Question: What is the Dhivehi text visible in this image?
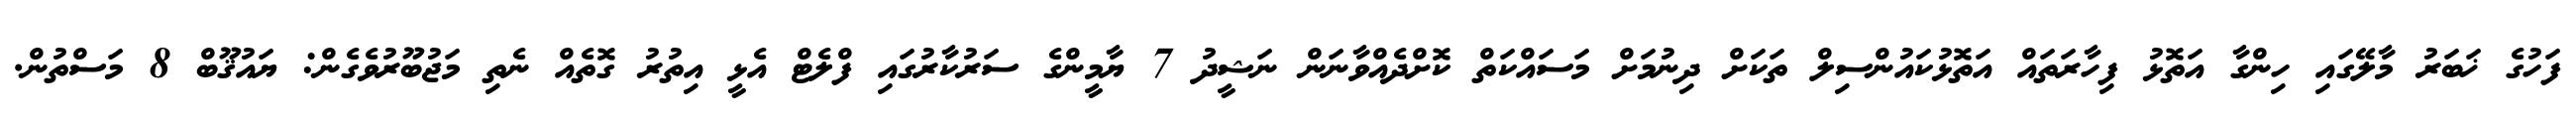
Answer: ފަހުގެ ޚަބަރު މާލޭގައި ހިންގާ އަތޮޅު ފިހާރަތައް އަތޮޅުކައުންސިލް ތަކަށް ދިނުމަށް މަސައްކަތް ކޮށްދެއްވާނަން ނަޝީދު 7 ޔާމީންގެ ސަރުކާރުގައި ފްލެޓް އެޅީ އިތުރު ގޮތެއް ނެތި މަޖުބޫރުވެގެން: ޔައުޤޫބް 8 މަސްތުން.